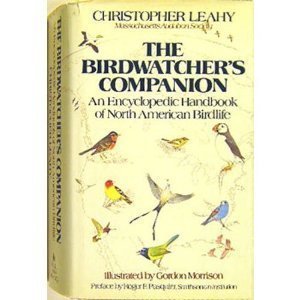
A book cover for The Birdwatchers Companion: An Encyclopedic Handbook of North American Birdlife; Christopher W. Leahy; Travel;